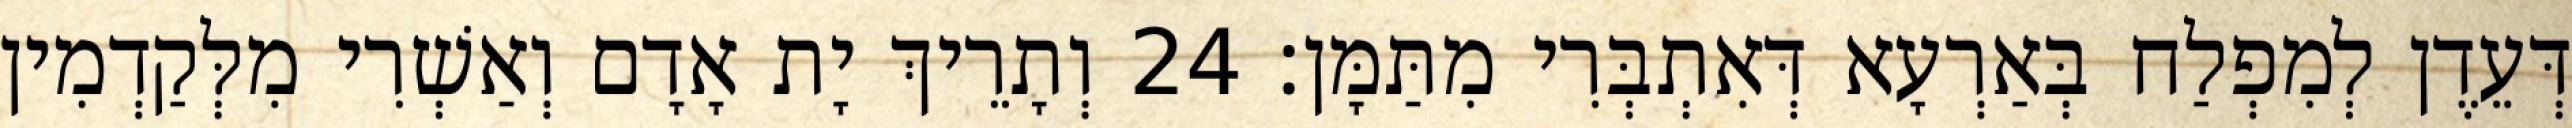
דְּעֵדֶן לְמִפְלַח בְּאַרְעָא דְּאִתְבְּרִי מִתַּמָּן׃ 24 וְתָרֵיךְ יָת אָדָם וְאַשְׁרִי מִלְּקַדְמִין